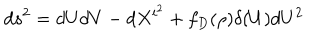
d s ^ { 2 } = d U d V - d X ^ { i ^ { 2 } } + f _ { D } ( \rho ) \delta ( U ) d U ^ { 2 }